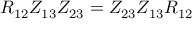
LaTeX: R _ { 1 2 } Z _ { 1 3 } Z _ { 2 3 } = Z _ { 2 3 } Z _ { 1 3 } R _ { 1 2 }